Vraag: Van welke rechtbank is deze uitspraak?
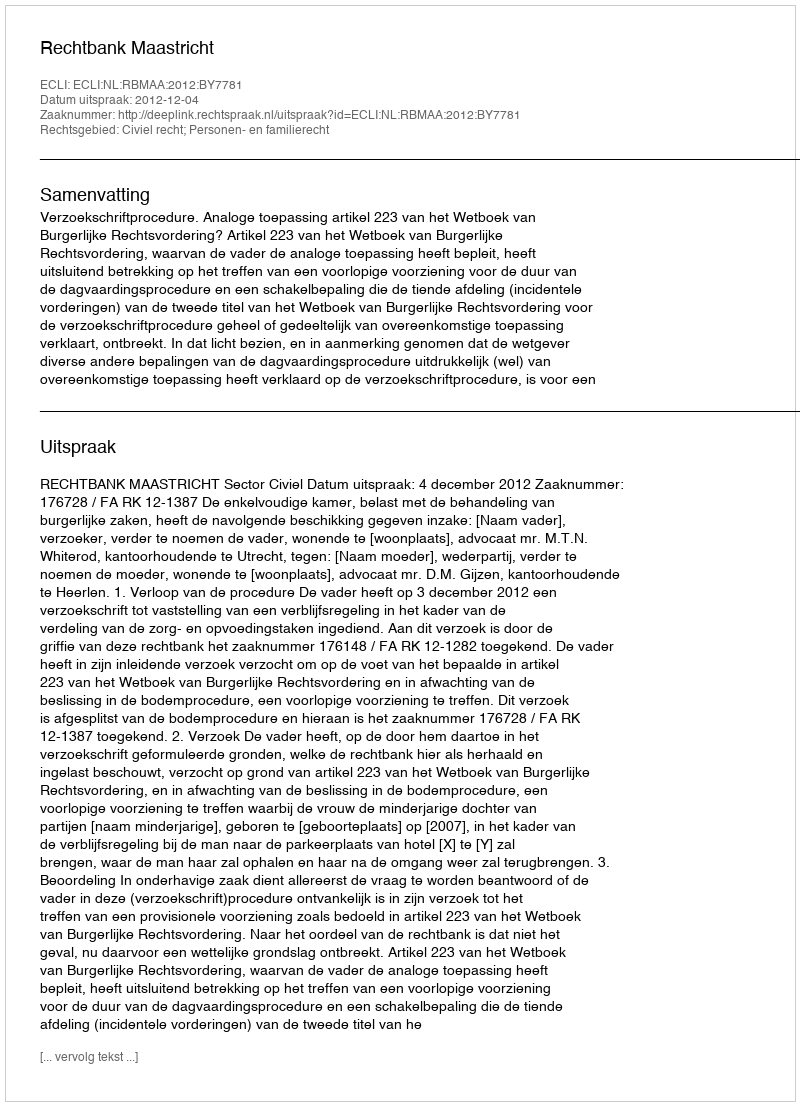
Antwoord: Rechtbank Maastricht